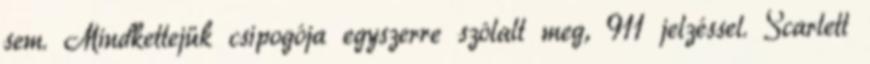
sem. Mindkettejük csipogója egyszerre szólalt meg, 911 jelzéssel. Scarlett